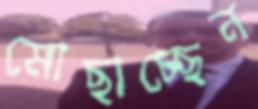
মোছাচ্ছেন